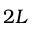
2 L